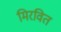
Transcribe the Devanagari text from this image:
मिरवित